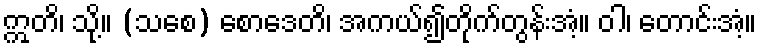
ဣတိ၊ သို့။ (သစေ) စောဒေတိ၊ အကယ်၍တိုက်တွန်းအံ့။ ဝါ၊ တောင်းအံ့။